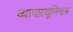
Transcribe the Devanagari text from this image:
व्यापारयूनियन